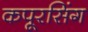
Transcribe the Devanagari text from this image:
कपूरसिंग